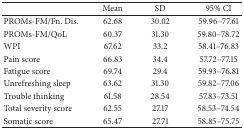
<table><thead><tr><td><b> </b></td><td><b>Mean</b></td><td><b>SD</b></td><td><b>95% CI</b></td></tr></thead><tbody><tr><td>PROMs-FM/Fn. Dis.</td><td>62.68</td><td>30.02</td><td>59.96–77.61</td></tr><tr><td>PROMs-FM/QoL</td><td>60.37</td><td>31.30</td><td>59.80–78.72</td></tr><tr><td>WPI</td><td>67.62</td><td>33.2</td><td>58.41–76.83</td></tr><tr><td>Pain score</td><td>66.83</td><td>34.4</td><td>57.72–77.15</td></tr><tr><td>Fatigue score</td><td>69.74</td><td>29.4</td><td>59.93–76.81</td></tr><tr><td>Unrefreshing sleep</td><td>63.62</td><td>31.30</td><td>59.82–77.06</td></tr><tr><td>Trouble thinking</td><td>61.58</td><td>28.54</td><td>57.83–73.51</td></tr><tr><td>Total severity score</td><td>62.55</td><td>27.17</td><td>58.53–74.54</td></tr><tr><td>Somatic score</td><td>65.47</td><td>27.71</td><td>58.85–75.75</td></tr></tbody></table>